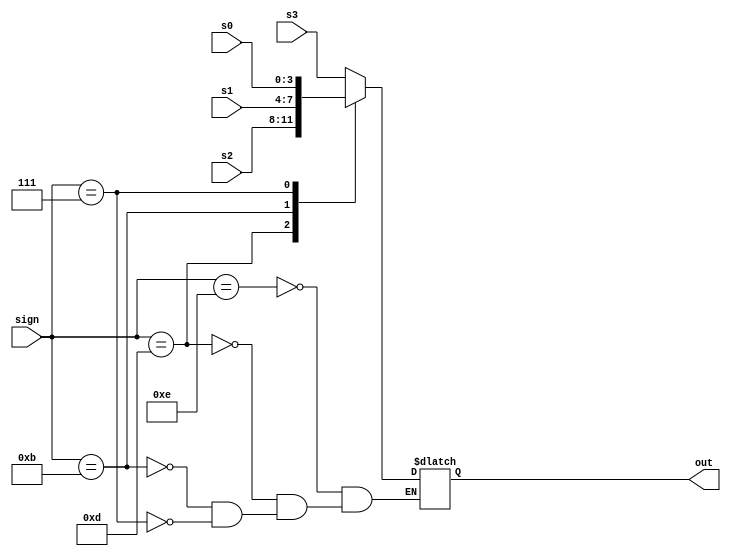
`timescale 1ns / 1ps
//////////////////////////////////////////////////////////////////////////////////
// Company: 
// Engineer: 
// 
// Design Name: 
// Module Name: fourSelectOne
// Project Name: 
// Target Devices: 
// Tool Versions: 
// Description: 
// 
// Dependencies: 
// 
// Revision:
// Revision 0.01 - File Created
// Additional Comments:
// 
//////////////////////////////////////////////////////////////////////////////////


module fourSelectOne(
    input [3:0] s0,s1,s2,s3,sign,
    output reg [3:0] out
    );
    always @(sign or s1 or s2 or s3) begin
        case (sign) 
            4'b1110: out = s3;
            4'b1101: out = s2;
            4'b1011: out = s1;
            4'b0111: out = s0;
        endcase
    end
endmodule

module fourSelectOne1(
    input clk,
    input [31:0] pc,res,
    input [4:0] rs,rt,
    input sw2,sw3,
    output reg [7:0] out
    );
    initial out = 8'b0;
    always @(sw2 or sw3) begin
        if(!sw2&&!sw3) begin
            out = pc[7:0];
        end
        if (sw2&&!sw3) begin
            out = { {3{1'b0}}, rs[4:0]};
        end 
        if (!sw2&&sw3) begin
            out = { {3{1'b0}}, rt[4:0]};
        end 
        if (sw2&&sw3) begin
            out = res[7:0];
        end
    end
endmodule

module fourSelectOne2(
    input clk,
    input [31:0] pc,rs,rt,db,
    input sw2,sw3,
    output reg [7:0] out
    );
    initial out = 8'b0;
    always @(sw2 or sw3) begin
        if(!sw2&&!sw3) begin
            out = pc[7:0];
        end 
        if (sw2&&!sw3) begin
            out = rs[7:0];
        end
        if (!sw2&&sw3) begin
            out = rt[7:0];
        end
        if (sw2&&sw3) begin
            out = db[7:0];
        end
    end
endmodule